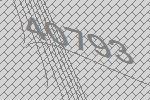
40793